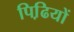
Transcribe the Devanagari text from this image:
पिढि़यों